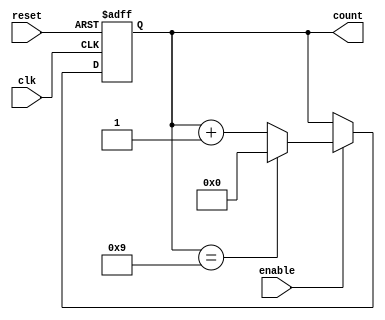
module bcd_counter (
    input wire clk,      // Clock input
    input wire reset,    // Asynchronous reset input
    input wire enable,    // Enable input for counting
    output reg [3:0] count // 4-bit output for the current count
);

// Always block triggered on the rising edge of the clock
always @(posedge clk or posedge reset) begin
    if (reset) begin
        // Reset the count to 0 on reset signal
        count <= 4'b0000;
    end else if (enable) begin
        // Increment the count if enable is high
        if (count == 4'b1001) begin
            // Reset to 0 if the count reaches 9
            count <= 4'b0000;
        end else begin
            // Otherwise, increment the count
            count <= count + 1;
        end
    end
end

endmodule